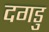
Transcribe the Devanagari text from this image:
दगडु